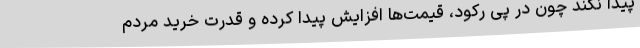
پیدا نکند چون در پی رکود، قیمت‌ها افزایش پیدا کرده و قدرت خرید مردم